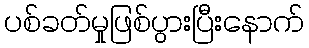
ပစ်ခတ်မှုဖြစ်ပွားပြီးနောက်